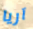
آريا